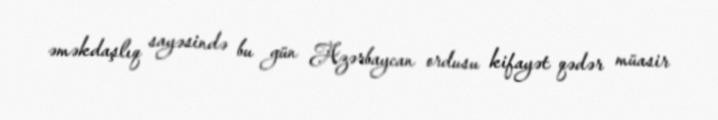
əməkdaşlıq sayəsində bu gün Azərbaycan ordusu kifayət qədər müasir